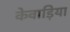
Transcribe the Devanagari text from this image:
केवाड़िया